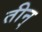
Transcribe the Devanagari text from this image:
तीन्